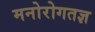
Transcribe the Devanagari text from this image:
मनोरोगतज्ञ